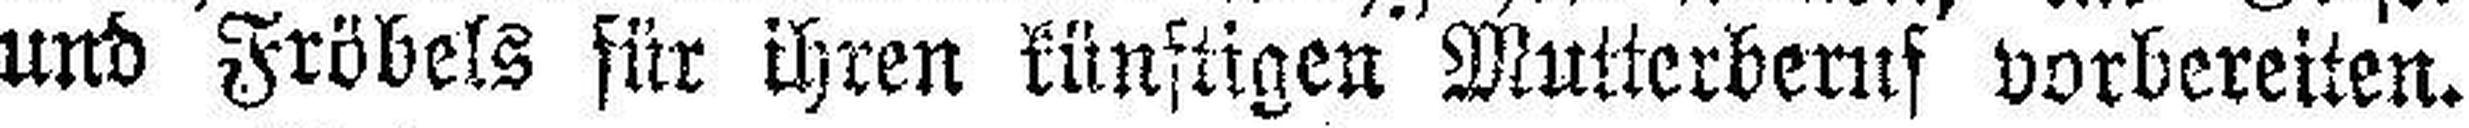
und Fröbels für ihren künftigen Mutterberuf vorbereiten.